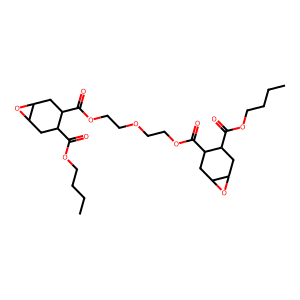
SMILES: CCCCOC(=O)C1CC2OC2CC1C(=O)OCCOCCOC(=O)C1CC2OC2CC1C(=O)OCCCC
Inhibits HIV replication: No